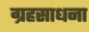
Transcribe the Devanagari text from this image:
ग्रहसाधना